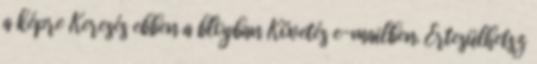
a képre Keresés ebben a blogban Követés e-mailben. Értesülhetsz